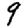
Digit: 9